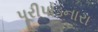
પૂરીપાડનારા